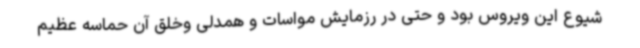
شیوع این ویروس بود و حتی در رزمایش مواسات و همدلی وخلق آن حماسه عظیم